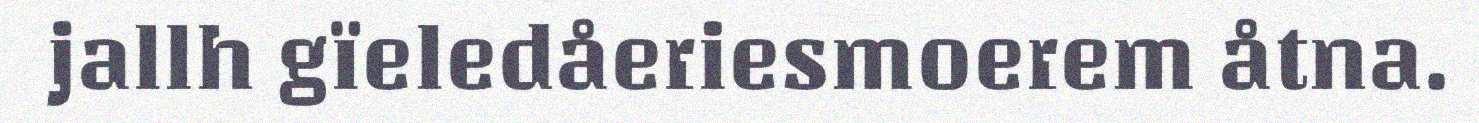
jallh gïeledåeriesmoerem åtna.